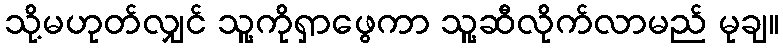
သို့မဟုတ်လျှင် သူ့ကိုရှာဖွေကာ သူ့ဆီလိုက်လာမည် မုချ။